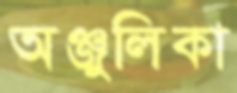
অঞ্জুলিকা